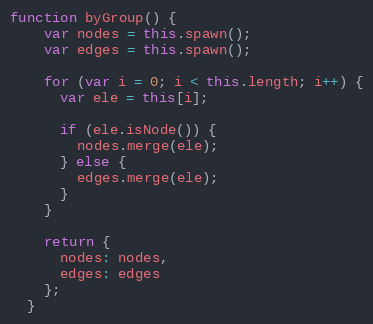
Language: JavaScript
function byGroup() {
    var nodes = this.spawn();
    var edges = this.spawn();

    for (var i = 0; i < this.length; i++) {
      var ele = this[i];

      if (ele.isNode()) {
        nodes.merge(ele);
      } else {
        edges.merge(ele);
      }
    }

    return {
      nodes: nodes,
      edges: edges
    };
  }